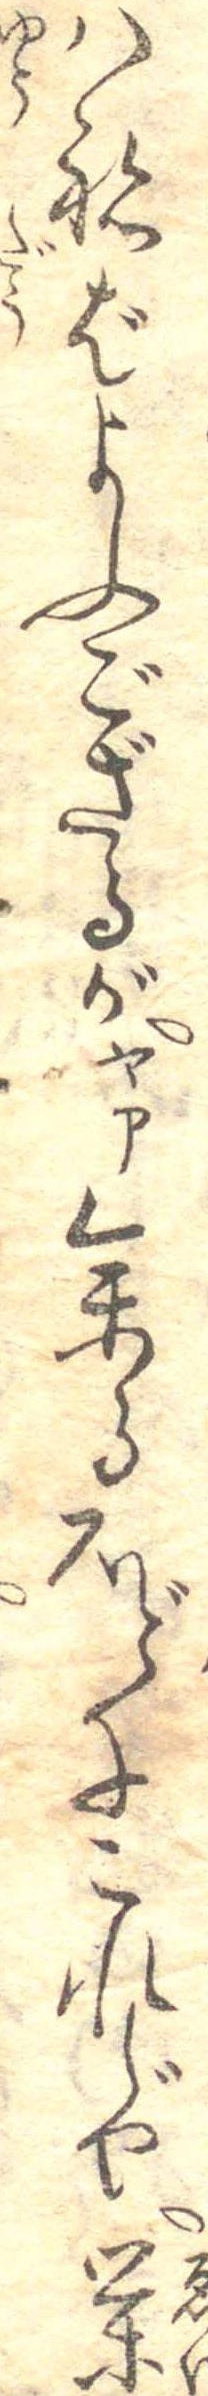
はねばよふござるがヤァ参るほどにこれじや栄